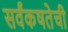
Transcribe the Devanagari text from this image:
सर्वंकषतेची